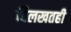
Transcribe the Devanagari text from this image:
चिलखतही